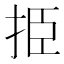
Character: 挋